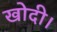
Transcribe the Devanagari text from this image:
खोदी।